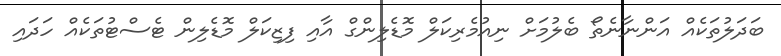
ބަދަލުތަކެއް އަންނާނެތޯ ބެލުމަށް ނިއުމެރިކަލް މޮޑެލިންގް އާއި ފިޒިކަލް މޮޑެލިން ޓެސްޓުތަކެއް ހަދައި